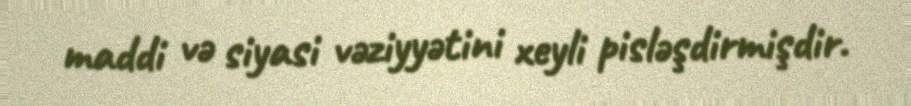
maddi və siyasi vəziyyətini xeyli pisləşdirmişdir.